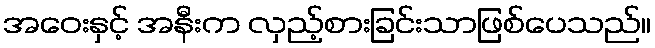
အဝေးနှင့် အနီးက လှည့်စားခြင်းသာဖြစ်ပေသည်။